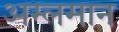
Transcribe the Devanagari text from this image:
अम्लमान